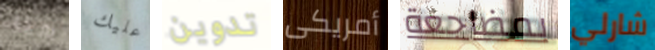
هنا عليك تدوين أمريكى بمضاجعة شارلي